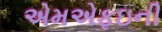
એમએફઇની